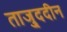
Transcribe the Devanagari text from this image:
ताजु्ददीन